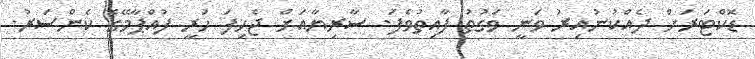
ޑޮކްޓަރަށް ދެއްކުނުއިރު ވަނީ ވަގުތު ފާއިތުވެފަ. ސާރިޔާއަށް ޖެހިފަ ހުރީ ފުއްޕާމޭގެ ކެންސަރު.